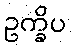
ဥက္ခိပ